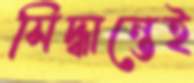
সিদ্ধান্তেই